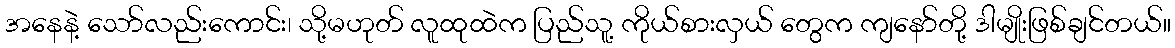
အနေနဲ့ သော်လည်းကောင်း၊ သို့မဟုတ် လူထုထဲက ပြည်သူ့ ကိုယ်စားလှယ် တွေက ကျနော်တို့ ဒါမျိုးဖြစ်ချင်တယ်။